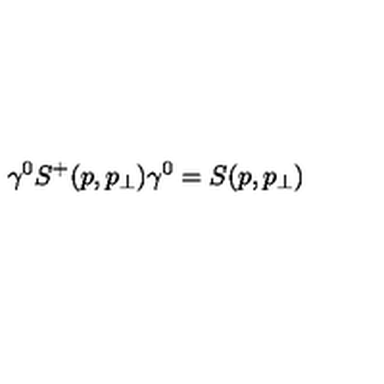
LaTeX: \gamma ^ { 0 } S ^ { + } ( p , p _ { \perp } ) \gamma ^ { 0 } = S ( p , p _ { \perp } )